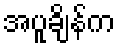
အပူချိန်က